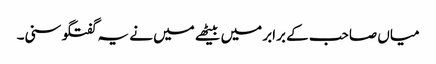
میاں صاحب کے برابر میں بیٹھے میں نے یہ گفتگو سنی۔